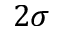
2 \sigma